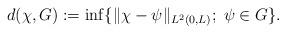
LaTeX: \begin{align*}d(\chi,G):=\inf\{\|\chi-\psi\|_{L^2(0,L)};\;\psi\in G\}.\end{align*}